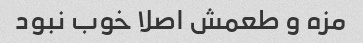
مزه و طعمش اصلا خوب نبود